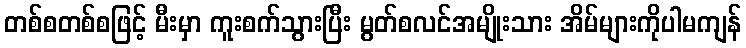
တစ်စတစ်စဖြင့် မီးမှာ ကူးစက်သွားပြီး မွတ်စလင်အမျိုးသား အိမ်များကိုပါမကျန်